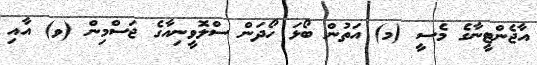
އާޖެންޓީނާގެ މެސީ (މ) އަތުން ބޯޅަ ހޯދަން ސްލޮވީނިއާގެ ޖަސްމިން (ވ) އާއި